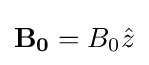
\mathbf {B_{0}} =B_{0}{\hat {z}}